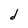
Character: d